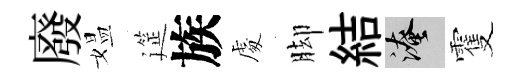
廢媪筵族䖏脚結淹䨥